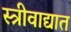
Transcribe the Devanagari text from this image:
स्त्रीवाद्यात